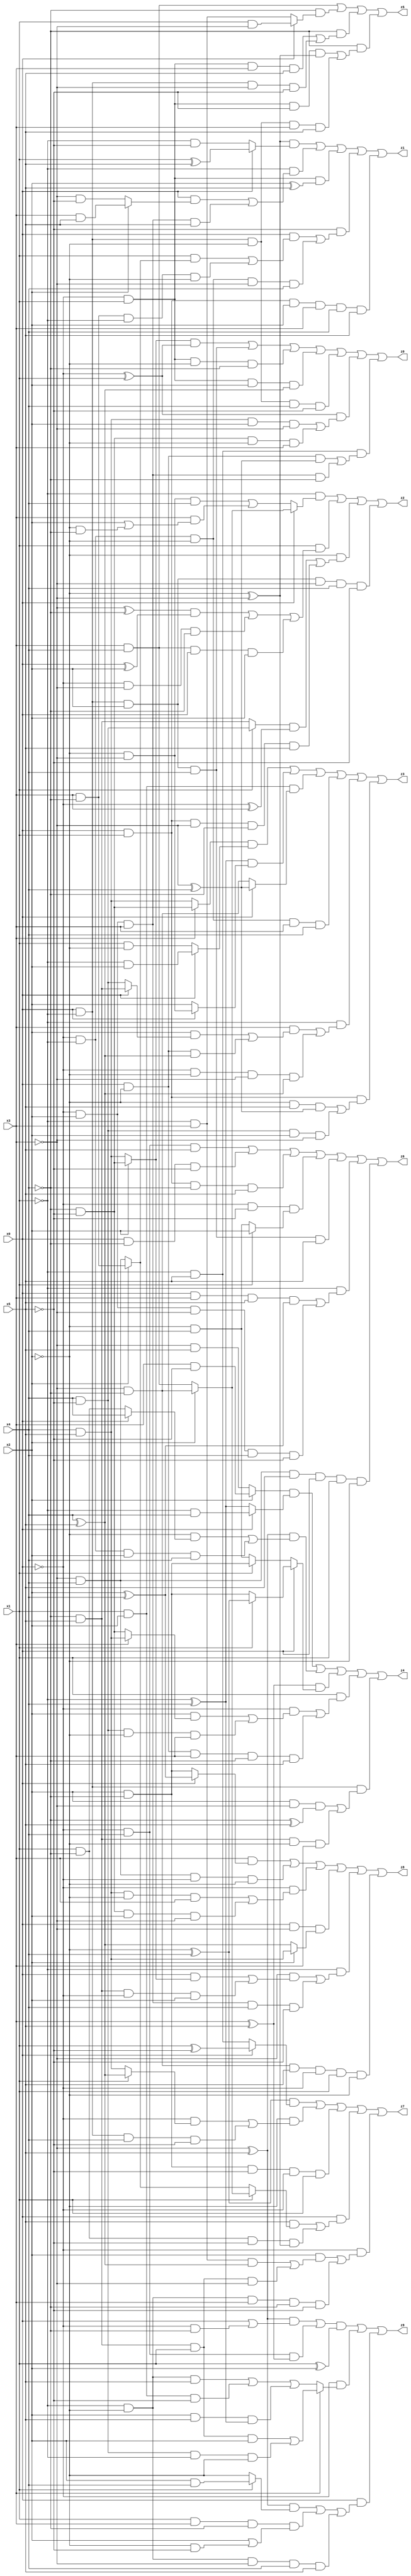
// Benchmark "X_49" written by ABC on Mon Jun 05 19:35:04 2023

module X_49 ( 
    x0, x1, x2, x3, x4, x5,
    z0, z1, z2, z3, z4, z5, z6, z7, z8, z9  );
  input  x0, x1, x2, x3, x4, x5;
  output z0, z1, z2, z3, z4, z5, z6, z7, z8, z9;
  assign z0 = ((x2 ? (~x4 & ~x5) : (x4 & x5)) & (~x0 ^ x1)) | (x0 & ~x1 & x2 & x4) | (~x0 & x1 & ~x2 & ~x4) | (~x0 & x1 & x2 & (x4 ^ x5)) | (x0 & ~x1 & ~x2 & x4 & ~x5) | ((~x0 ^ x1) & ((x4 & x5 & x2 & ~x3) | (~x4 & ~x5 & ~x2 & x3))) | (~x1 & x5 & ((x0 & ~x2 & (~x3 ^ x4)) | (~x0 & x2 & x3 & ~x4)));
  assign z1 = ((~x2 ^ ~x3) & (x0 ? (x1 ^ x5) : (~x1 & ~x5))) | (~x1 & ((x0 & (x2 ? (x3 & x5) : (~x3 & ~x5))) | (~x0 & x2 & x3 & x5))) | (~x0 & x1 & (x2 ^ x5)) | (~x5 & ((x0 & ((x1 & (x2 ? (x3 & ~x4) : (~x3 & x4))) | (x3 & ~x4 & ~x1 & ~x2))) | (~x0 & ~x1 & ~x2 & ~x3 & x4))) | (x0 & x1 & x2 & x3 & x4 & x5);
  assign z2 = (~x1 & (x0 ? (x2 ? (~x3 & ~x4) : (x3 & x4)) : ((~x2 & ~x3 & x4) | (x3 & (x2 | (~x2 & ~x4)))))) | (x1 & (((~x3 ^ ~x4) & (x0 ^ x2)) | (~x0 & ~x3 & ~x4) | (x3 & x4 & x0 & x2))) | (~x2 & (((x1 ? (x4 & ~x5) : (~x4 & x5)) & (~x0 ^ x3)) | (x0 & x1 & ~x3 & ~x4 & x5))) | (x0 & ~x1 & x2 & ~x3 & x4 & ~x5);
  assign z3 = ((x3 ? (~x4 & ~x5) : (x4 & x5)) & (x0 ? (~x1 & x2) : (x1 & ~x2))) | ((~x1 ^ x4) & (x0 ? (~x2 & ~x3) : x2)) | (x1 & x2 & (x0 ? (~x3 ^ x4) : (~x3 & ~x4))) | (~x0 & ~x1 & ~x2 & x3 & x4) | (~x1 & ((x3 & ((x2 & (x0 ? (~x4 & x5) : (x4 & ~x5))) | (x0 & ~x2 & (x4 ^ x5)))) | (~x0 & ~x2 & ~x3 & (x4 ^ x5)))) | (x0 & x1 & ((~x2 & x5 & (~x3 ^ x4)) | (x4 & ~x5 & x2 & ~x3)));
  assign z4 = ((x2 ? (x3 & ~x5) : (~x3 & x5)) & (x0 ? (~x1 & x4) : (~x1 ^ x4))) | ((~x3 ^ x5) & ((~x2 & (x0 ? x4 : (x1 & ~x4))) | (~x0 & ~x1 & x2 & x4))) | ((x3 ^ x5) & (x0 ? (x1 ? (~x2 ^ x4) : (x2 & ~x4)) : (x1 ? (x2 & ~x4) : (~x2 & x4)))) | (x1 & ((~x0 & ((x2 & (x3 ? (x4 & x5) : (~x4 & ~x5))) | (x4 & ~x5 & ~x2 & x3))) | (x0 & ~x2 & x3 & ~x4 & x5))) | (x0 & ~x1 & ((x2 & ~x3 & (~x4 ^ x5)) | (~x4 & x5 & ~x2 & x3)));
  assign z5 = (x3 & x4) | (~x4 & (x0 ? (x1 & ~x3) : (~x1 & x3))) | (~x4 & ((~x0 & x1 & x3 & x5) | (x0 & ~x1 & ~x3 & ~x5))) | (~x4 & ((~x0 & x1 & ~x5 & (~x2 ^ ~x3)) | (x0 & ~x1 & ~x2 & x3 & x5)));
  assign z6 = (~x0 & x4 & x5) | (x0 & ~x4 & ~x5) | (x0 & x1 & ~x4 & x5) | (~x0 & ~x5 & (x1 ? x2 : (~x2 & x4))) | (x0 & ~x1 & x2 & x4 & x5) | (~x1 & ((x0 & x3 & x5 & (x2 ^ x4)) | (~x0 & x2 & ~x3 & x4 & ~x5))) | (~x3 & x4 & x5 & x0 & x1 & ~x2);
  assign z7 = ((~x2 ^ x4) & (x0 ? (x1 ^ ~x5) : (~x1 & x5))) | (~x2 & ((~x0 & (x1 ? (x4 ^ x5) : (x4 & x5))) | (x0 & ~x1 & x4 & ~x5))) | (x2 & ~x4 & ~x5 & ~x0 & x1) | (x0 & ((x5 & (x1 ? (x2 ? (~x3 & ~x4) : (x3 & x4)) : (x2 ? (x3 & ~x4) : (~x3 & x4)))) | (x1 & ~x4 & ~x5 & (~x2 ^ ~x3)))) | (~x0 & ((x2 & ((~x1 & x3 & (x4 ^ x5)) | (~x4 & x5 & x1 & ~x3))) | (~x1 & ~x2 & x3 & ~x4 & ~x5)));
  assign z8 = (x3 & (x0 ? (x2 ^ x4) : (x2 & ~x4))) | (~x3 & x4 & ~x0 & ~x2) | (~x0 & ((x4 & x5 & ~x2 & x3) | (~x4 & ~x5 & x2 & ~x3))) | (x0 & ~x3 & (x2 ? (x4 & x5) : (x4 ^ x5))) | (~x1 & ((~x3 & ((x0 & (x2 ? (~x4 & ~x5) : (x4 & x5))) | (~x4 & x5 & ~x0 & x2))) | (~x0 & x2 & x3 & x4 & ~x5))) | (~x3 & ~x4 & x5 & ~x0 & x1 & ~x2);
  assign z9 = ((((~x3 ^ x5) & (x0 | (~x0 & ~x4))) | (~x0 & x4 & (x3 ^ x5))) & (x1 ^ x2)) | (~x0 & (x3 ? ((~x4 & x5 & x1 & x2) | (x4 & ~x5 & ~x1 & ~x2)) : ((~x1 & ~x2 & x5) | (x1 & x2 & ~x5) | (x2 & x5 & (~x1 ^ x4))))) | (x0 & (((~x3 ^ x5) & (x1 ? (x2 & x4) : ~x2)) | (x1 & x3 & ~x4 & (x2 | (~x2 & ~x5))) | (~x1 & ~x2 & ~x3 & x4 & x5)));
endmodule